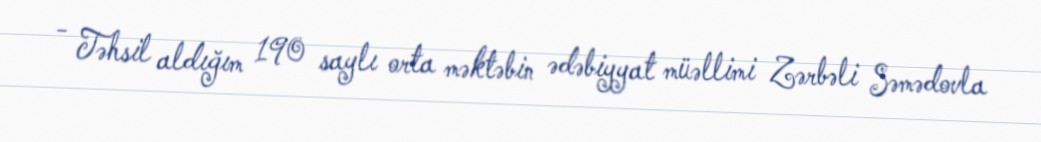
- Təhsil aldığım 190 saylı orta məktəbin ədəbiyyat müəllimi Zərbəli Səmədovla